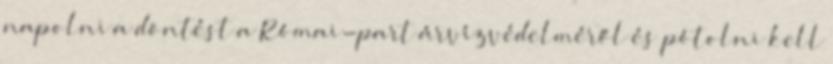
napolni a döntést a Római-part árvízvédelméről és pótolni kell